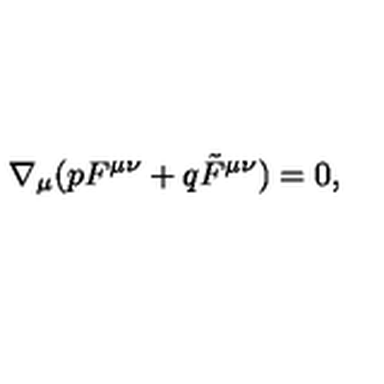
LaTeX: \nabla _ { \mu } ( p F ^ { \mu \nu } + q \tilde { F } ^ { \mu \nu } ) = 0 ,